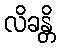
လိခန္တိ